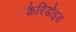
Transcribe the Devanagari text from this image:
कैरिडोइड